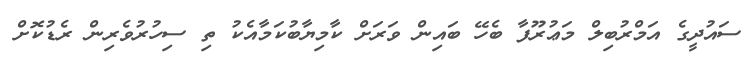
ސައުދީގެ އަމްރުބިލް މަޢުރޫފާ ބެހޭ ބައިން ވަރަށް ކާމިޔާބުކަމާއެކު ތި ސިހުރުވެރިން ރެޑުކޮށް